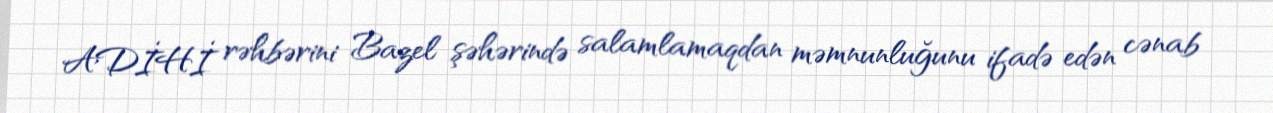
ADİHİ rəhbərini Bazel şəhərində salamlamaqdan məmnunluğunu ifadə edən cənab